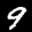
Label: 9